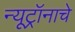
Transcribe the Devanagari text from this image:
न्यूट्रॉनाचे